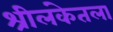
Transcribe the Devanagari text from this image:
श्रीलंकेतला